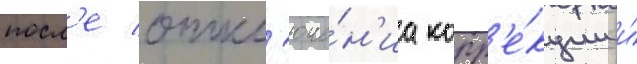
посл'е откл'юче́н'иа корр'е́кции и́